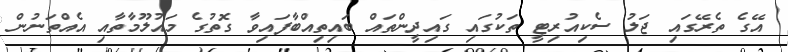
އޭގެ ތެރޭގައި ޖަލު ސެކިއުރިޓީ ތަކުގައި ގައިދީންތައް ބައިތިއްބާފައިވާ ގޮތުގެ މައުލޫމާތާއި އެއްތަނުން